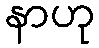
နာဟု